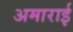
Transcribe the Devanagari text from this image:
अमाराई